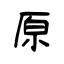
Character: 原